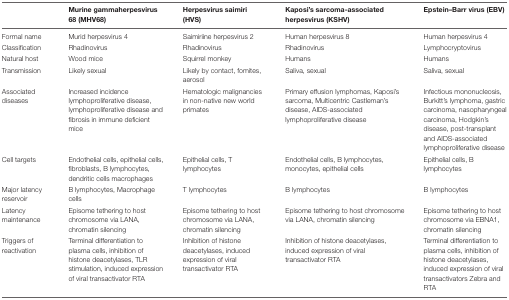
|  | Murine gammaherpesvirus 68 (MHV68) | Herpesvirus saimiri (HVS) | Kaposi’s sarcoma-associated herpesvirus (KSHV) | Epstein–Barr virus (EBV) |
 | --- | --- | --- | --- | --- |
 | Formal name | Murid herpesvirus 4 | Saimiriine herpesvirus 2 | Human herpesvirus 8 | Human herpesvirus 4 |
 | Classification | Rhadinovirus | Rhadinovirus | Rhadinovirus | Lymphocryptovirus |
 | Natural host | Wood mice | Squirrel monkey | Humans | Humans |
 | Transmission | Likely sexual | Likely by contact, fomites, aerosol | Saliva, sexual | Saliva, sexual |
 | Associated diseases | Increased incidence lymphoproliferative disease, lymphoproliferative disease and fibrosis in immune deficient mice | Hematologic malignancies in non-native new world primates | Primary effusion lymphomas, Kaposi’s sarcoma, Multicentric Castleman’s disease, AIDS-associated lymphoproliferative disease | Infectious mononucleosis, Burkitt’s lymphoma, gastric carcinoma, nasopharyngeal carcinoma, Hodgkin’s disease, post-transplant and AIDS-associated lymphoproliferative disease |
 | Cell targets | Endothelial cells, epithelial cells, fibroblasts, B lymphocytes, dendritic cells macrophages | Epithelial cells, T lymphocytes | Endothelial cells, B lymphocytes, monocytes, epithelial cells | Epithelial cells, B lymphocytes |
 | Major latency reservoir | B lymphocytes, Macrophage cells | T lymphocytes | B lymphocytes | B lymphocytes |
 | Latency maintenance | Episome tethering to host chromosome via LANA, chromatin silencing | Episome tethering to host chromosome via LANA, chromatin silencing | Episome tethering to host chromosome via LANA, chromatin silencing | Episome tethering to host chromosome via EBNA1, chromatin silencing |
 | Triggers of reactivation | Terminal differentiation to plasma cells, inhibition of histone deacetylases, TLR stimulation, induced expression of viral transactivator RTA | Inhibition of histone deacetylases, induced expression of viral transactivator RTA | Inhibition of histone deacetylases, induced expression of viral transactivator RTA | Terminal differentiation to plasma cells, inhibition of histone deacetylases, induced expression of viral transactivators Zebra and RTA |